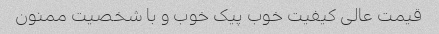
قیمت عالی کیفیت خوب پیک خوب و با شخصیت ممنون